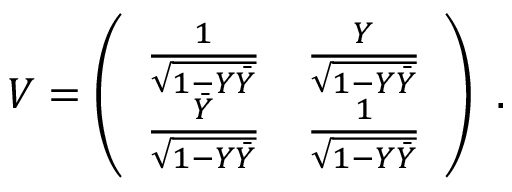
V = \left( \begin{array} { l l } { { { \frac { 1 } { \sqrt { 1 - Y \bar { Y } } } } } } & { { { \frac { Y } { \sqrt { 1 - Y \bar { Y } } } } } } \\ { { { \frac { \bar { Y } } { \sqrt { 1 - Y \bar { Y } } } } } } & { { { \frac { 1 } { \sqrt { 1 - Y \bar { Y } } } } } } \end{array} \right) \ .